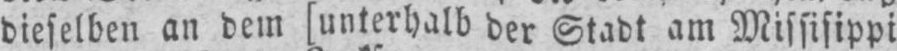
dieselben an dem [unterhalb der Stadt am Missisippi